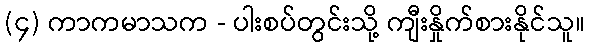
(၄) ကာကမာသက - ပါးစပ်တွင်းသို့ ကျီးနှိုက်စားနိုင်သူ။